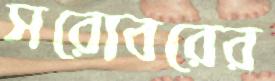
সরোবরের